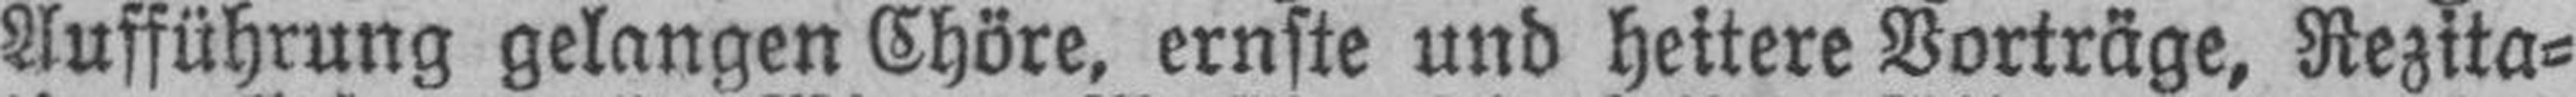
Aufführung gelangen Chöre, ernste und heitere Vorträge, Rezita¬